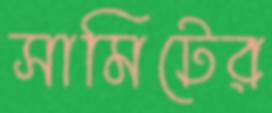
সামিটের